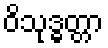
ဝိသုဒ္ဓတ္တာ